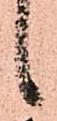
候